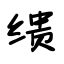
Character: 缋